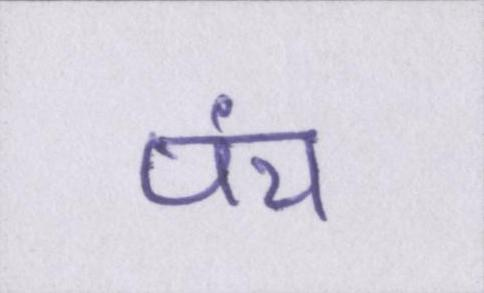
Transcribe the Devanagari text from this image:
पंच